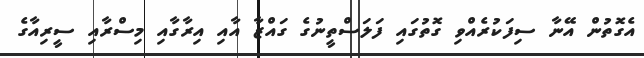
އެގޮތުން އޭނާ ސިފަކުރެއްވި ގޮތުގައި ފަލަސްތީނުގެ ގައްޒާ އާއި އިރާގާއި މިސްރާއި ސީރިއާގެ